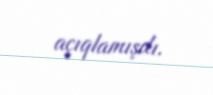
açıqlamışdı.